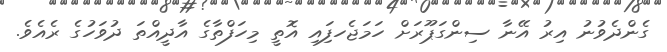
ގެންދެވުނު އިރު އޭނާ ސިންގަޕޫރަށް ހަމަޖެހފިައި އޮތީ މިހަފްތާގެ އާދީއްތަ ދުވަހުގެ ރެއެވެ.